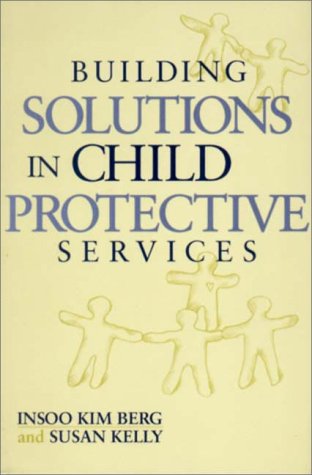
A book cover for Building Solutions in Child Protective Services (Norton Professional Books); Insoo Kim Berg; Politics & Social Sciences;